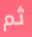
ثم